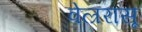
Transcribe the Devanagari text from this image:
वेल्ररासू